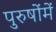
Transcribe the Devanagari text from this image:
पुरुषोंमें